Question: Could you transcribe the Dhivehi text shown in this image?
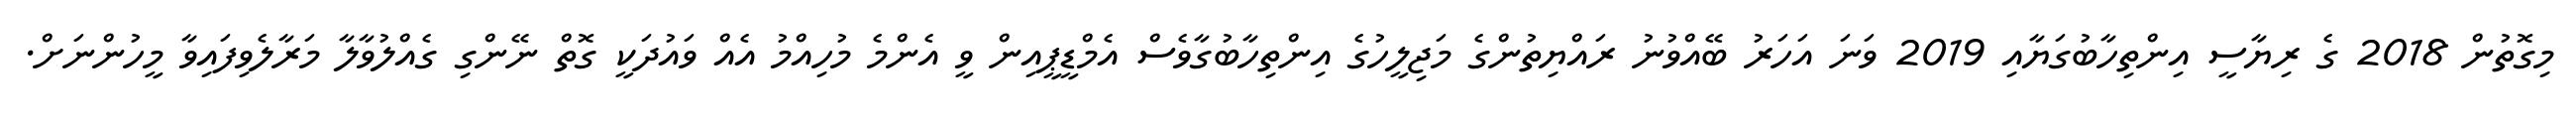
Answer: މިގޮތުން 2018 ގެ ރިޔާސީ އިންތިހާބުގަޔާއި 2019 ވަނަ އަހަރު ބޭއްވުނު ރައްޔިތުންގެ މަޖިލީހުގެ އިންތިހާބުގާވެސް އެމްޑީޕީއިން ވީ އެންމެ މުހިއްމު އެއް ވައުދަކީ ގޮތް ނޭންގި ގެއްލުވާލާ މަރާލެވިފައިވާ މީހުންނަށް.